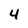
Character: 4